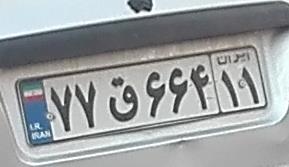
۷۷ق۶۶۴۱۱